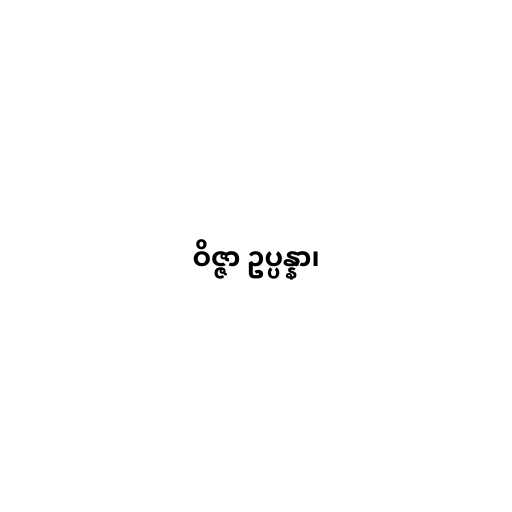
ဝိဇ္ဇာ ဥပ္ပန္နာ၊